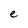
Character: e